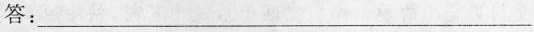
答：___